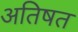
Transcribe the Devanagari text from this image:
अतिषत